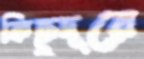
কিছুদূরে